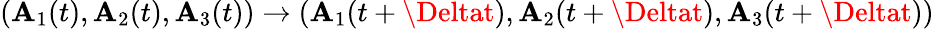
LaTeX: (\mathbf{A}_{1}(t),\mathbf{A}_{2}(t),\mathbf{A}_{3}(t))\rightarrow(\mathbf{A}_{1}(t+\Deltat),\mathbf{A}_{2}(t+\Deltat),\mathbf{A}_{3}(t+\Deltat))